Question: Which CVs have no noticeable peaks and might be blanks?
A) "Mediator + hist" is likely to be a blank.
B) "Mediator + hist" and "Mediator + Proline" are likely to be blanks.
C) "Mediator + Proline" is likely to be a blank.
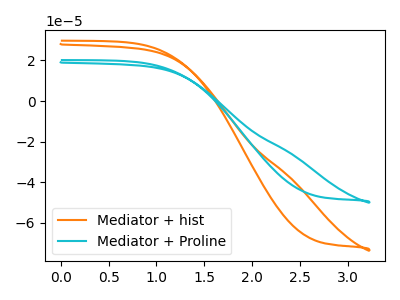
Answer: <think>The orange curve "Mediator + hist" has no peaks. The cyan curve "Mediator + Proline" has no peaks.</think>
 <answer>B) "Mediator + hist" and "Mediator + Proline" are likely to be blanks.</answer>
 <eval>B</eval>